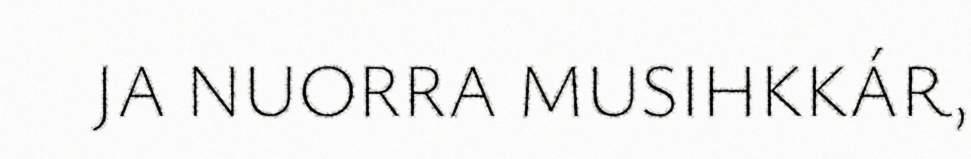
JA NUORRA MUSIHKKÁR,